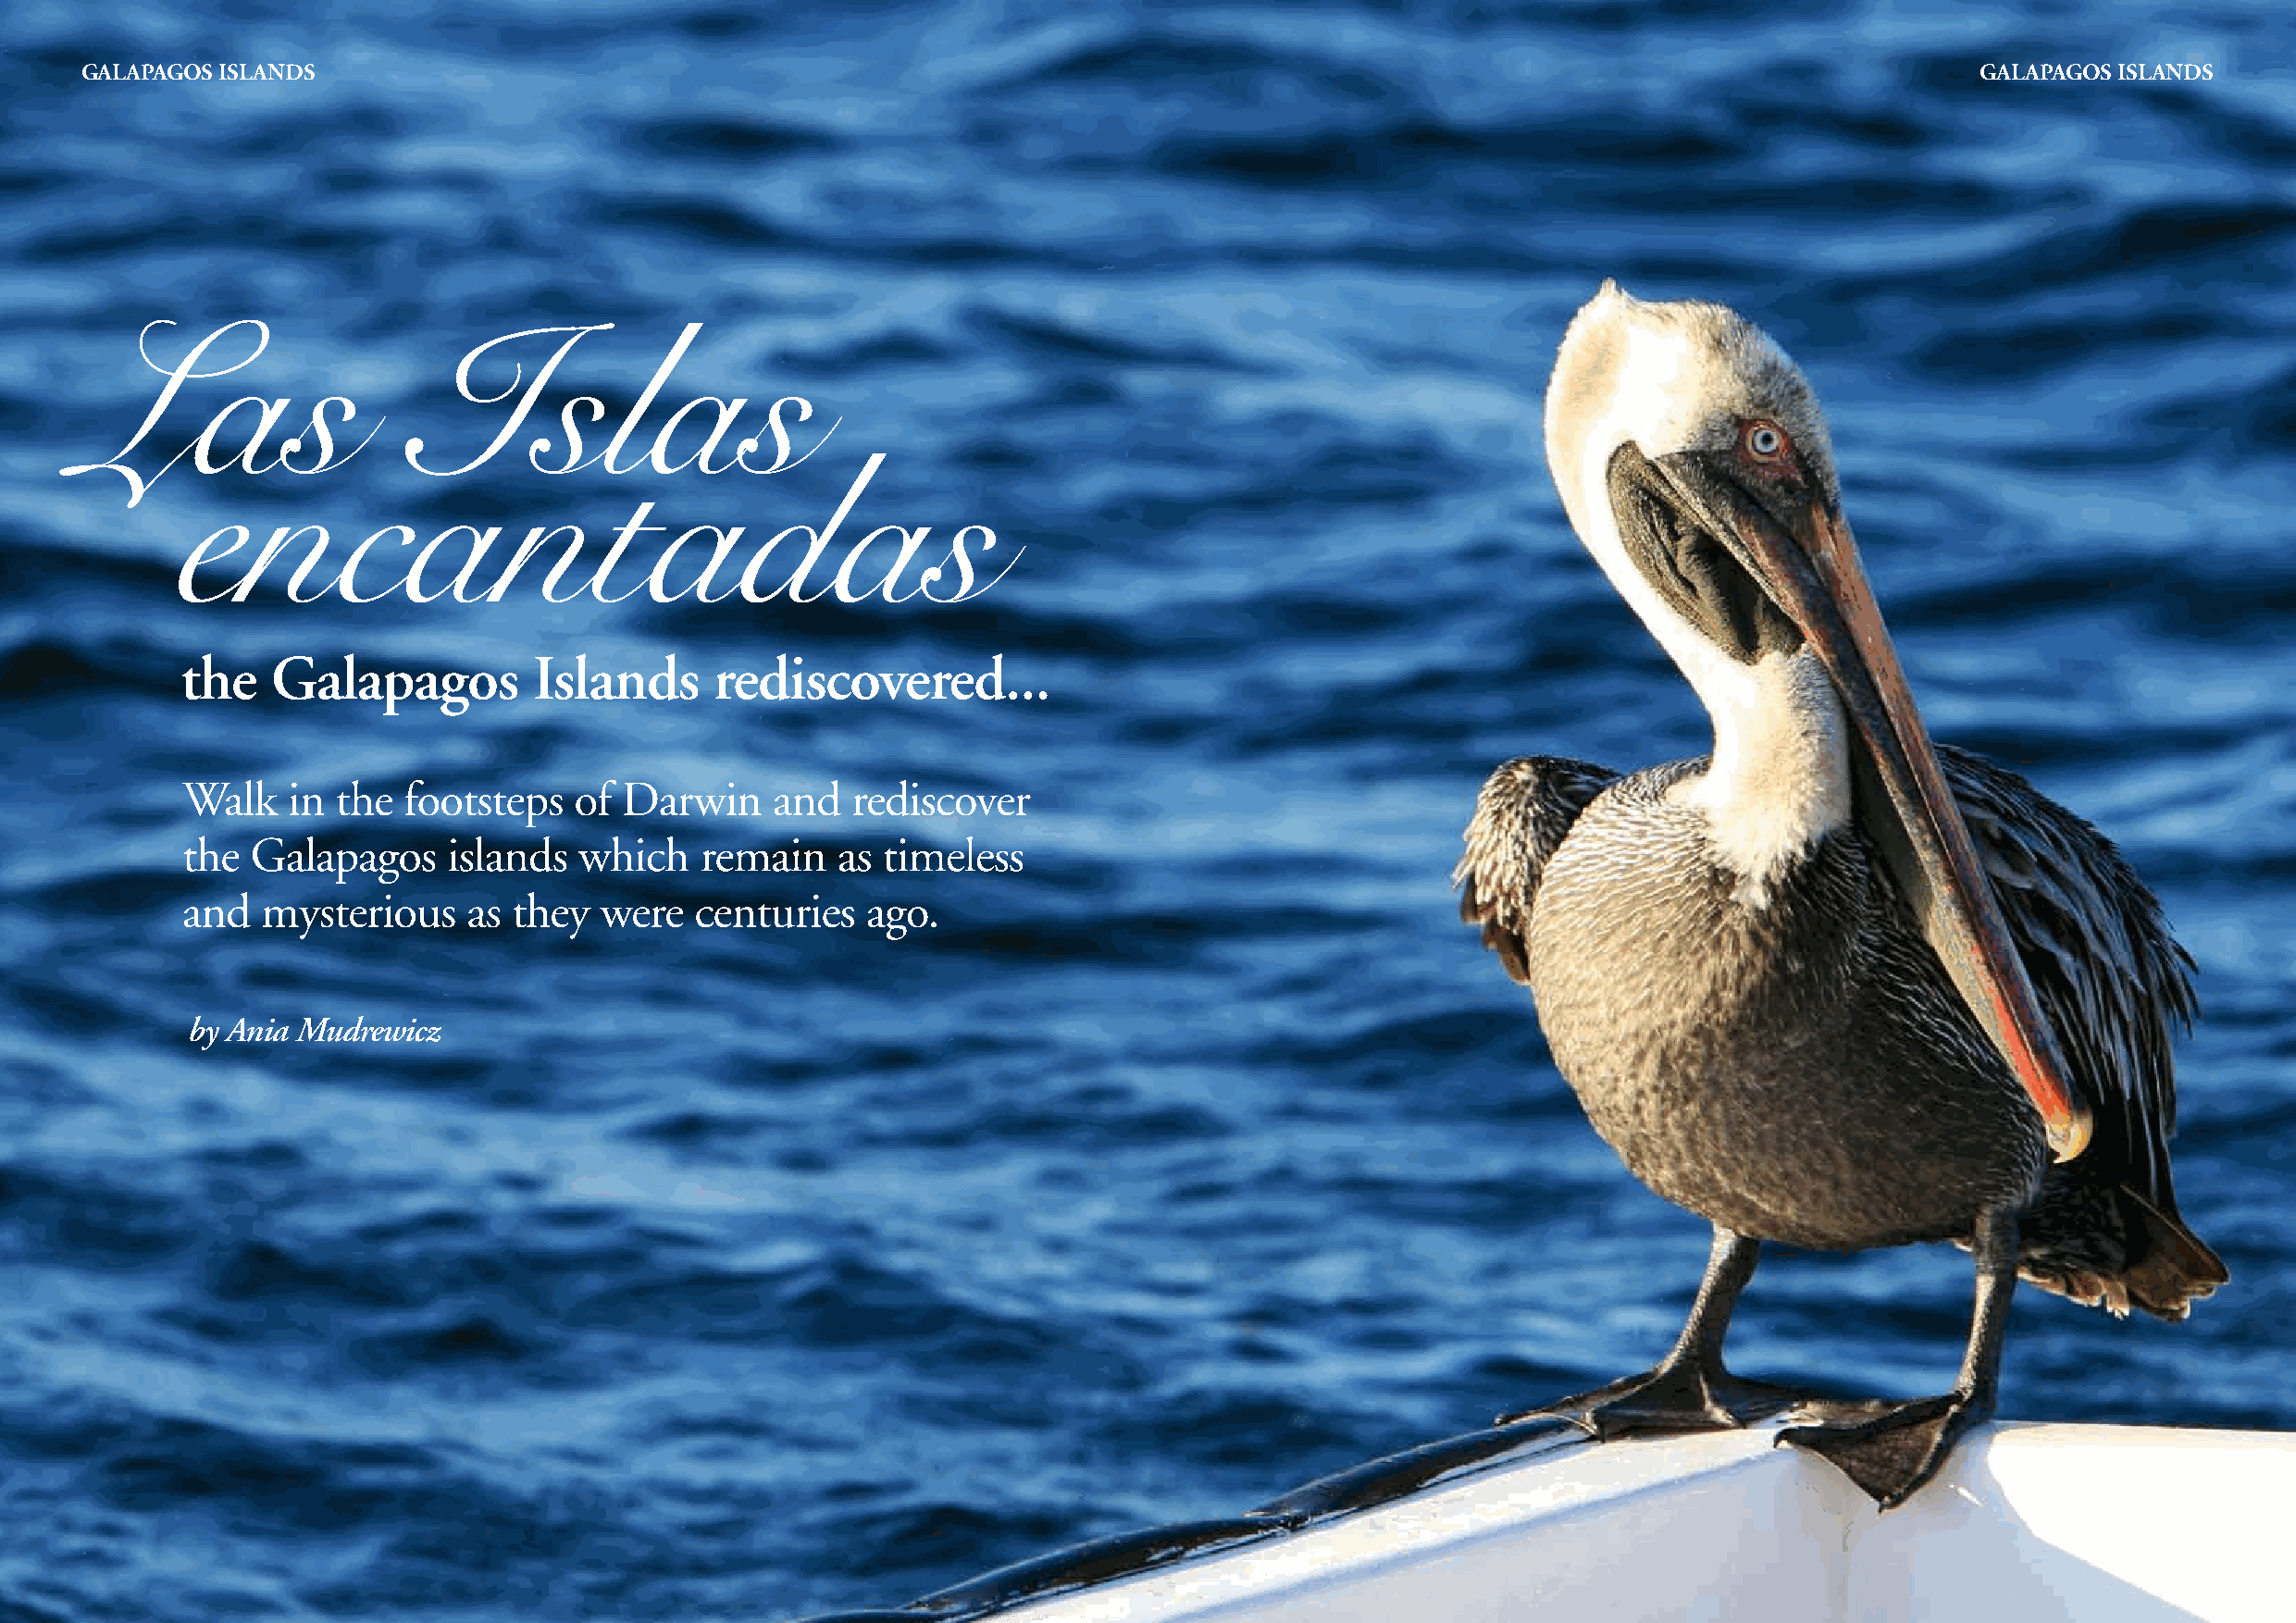
GalapaGos Islands                                                                                                                       GalapaGos Islands
 Las                    Islas
 encantadas
 the   Galapagos          Islands      rediscovered...
 Walk    in the  footsteps   of Darwin     and   rediscover
 the  Galapagos     islands  which    remain    as timeless
 and   mysterious    as  they  were   centuries   ago.
 by Ania Mudrewicz
 50 Opulence Travel                                                                                                                         Opulence Travel 51